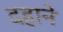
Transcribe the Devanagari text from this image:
दहाने